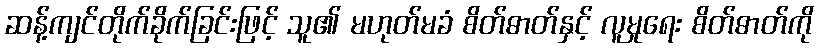
ဆန့်ကျင်တိုက်ခိုက်ခြင်းဖြင့် သူ၏ မဟုတ်မခံ စိတ်ဓာတ်နှင့် လူမှုရေး စိတ်ဓာတ်ကို